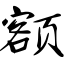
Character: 额